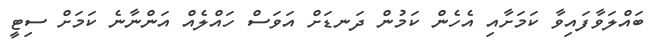
ބައްލަވާފައިވާ ކަމަށާއި އެހެން ކަމުން ދަނޑަށް އަވަސް ހައްލެއް އަންނާނެ ކަމަށް ސިޓީ